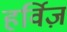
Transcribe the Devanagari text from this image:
हर्विज़